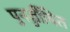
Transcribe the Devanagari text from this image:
पुनर्ज्जीवित